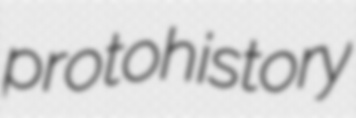
protohistory